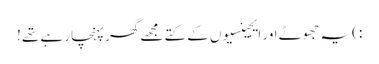
:)یہ جھوٹے اور ایجینسیوں کے کتے مجھے گھر پہنچا رہے تھے!